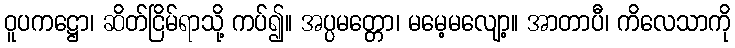
ဝူပကဋ္ဌော၊ ဆိတ်ငြိမ်ရာသို့ ကပ်၍။ အပ္ပမတ္တော၊ မမေ့မလျော့။ အာတာပီ၊ ကိလေသာကို